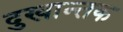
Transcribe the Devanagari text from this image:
दुखान्तक